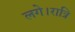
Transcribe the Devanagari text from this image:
लगे।रात्रि